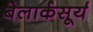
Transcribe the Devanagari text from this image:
बेलार्कसूर्य